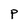
Character: P